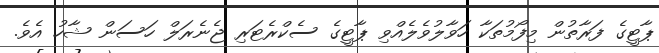
ޕާޓީގެ ފަރާތުން މިފޯމުތަކާ ހަވާލުވެލެއްވި ޕާޓީގެ ސެކްރެޓަރި ޖެނެރަލް ހަސަން ޝާހު އެވެ.